342_HS1-416511228_319.1 Flying Discs 1949
Agency: Department of War
Incident date: 1/9/50
Page 11
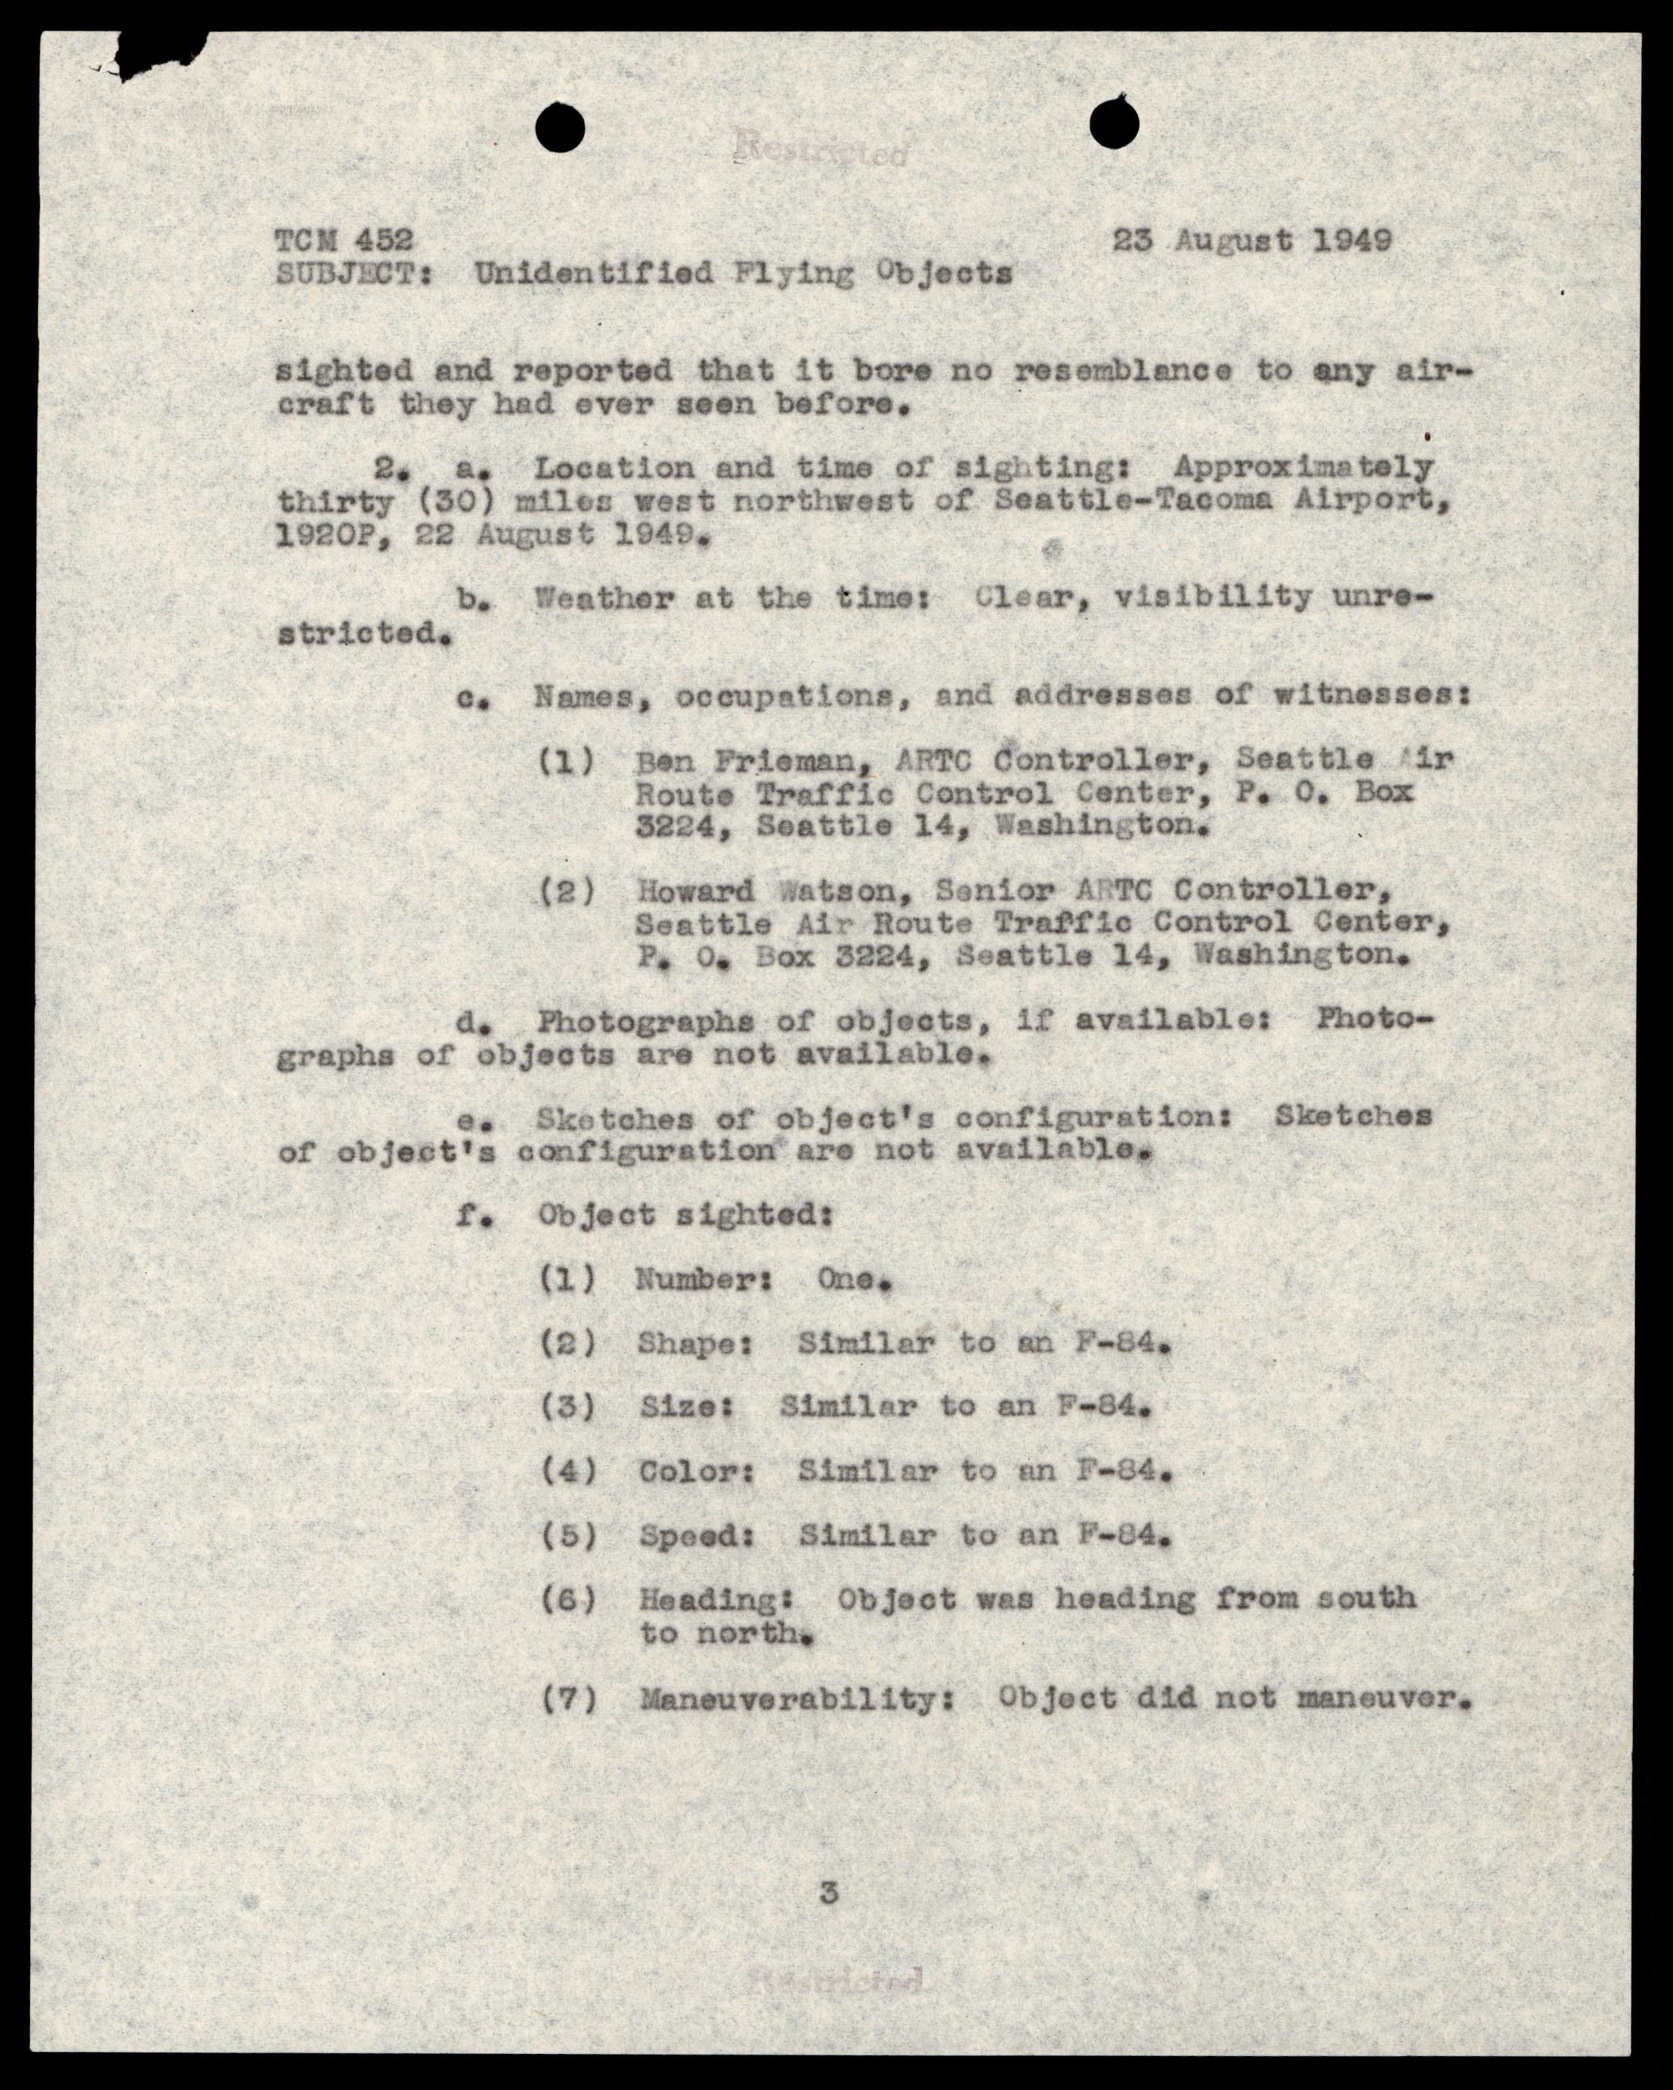